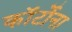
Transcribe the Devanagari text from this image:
कॉर्टोना